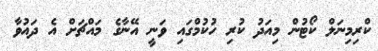
ކްރިމިނަލް ކޯޓުން މިއަދު ކުރި ހުކުމްގައި ވަނީ އޭނާގެ މައްޗަށް އެ ދައުވާ